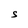
Character: S